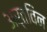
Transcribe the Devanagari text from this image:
अर्तविन